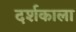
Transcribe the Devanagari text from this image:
दर्शकाला